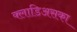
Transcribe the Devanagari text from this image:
क्लाडिअसका